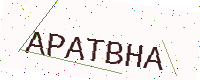
Text: APATBHA